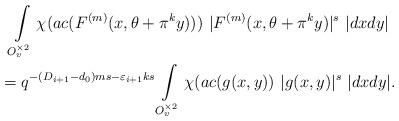
LaTeX: \begin{gather*}\int\limits_{O_v^{\times 2}}\chi(ac (F^{(m)}(x,\theta+\pi^{k} y)))\ |F^{(m)}(x,\theta+\pi^{k} y)|^s\ |dxdy|\\= q^{-(D_{i+1}-d_0)ms-\varepsilon_{i+1}ks}\int\limits_{O_v^{\times 2}}\chi(ac ( g(x,y))\ |g(x,y)|^s\ |dxdy|.\end{gather*}